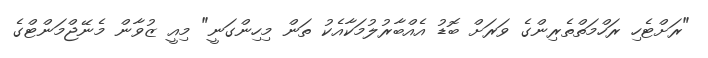
"ރަށްޓެހި ރަހްމަތްތެރިންގެ ވަރަށް ބޮޑު އެއްބާރުލުމަކާއެކު ތަން މިހިންގަނީ" މިއީ ޒުވާން މެނޭޖްމަންޓްގެ